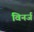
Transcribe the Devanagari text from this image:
विनर्ज